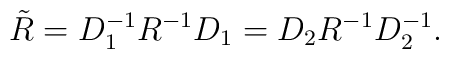
\tilde{R}=D_1 ^{-1}R^{-1}D_1 =D_2 R^{-1}D^{-1}_2 .